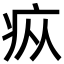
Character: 疭